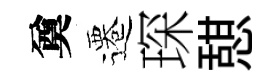
奠遷琛憇